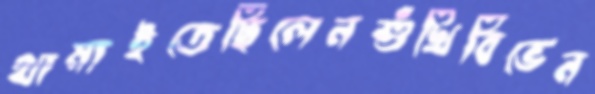
থামাইতেছিলেনশুঁখিবিভেন